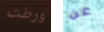
ورطت عن